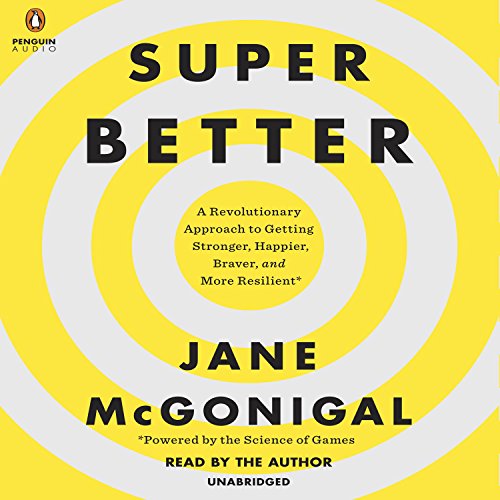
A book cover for SuperBetter: A Revolutionary Approach to Getting Stronger, Happier, Braver and More Resilient - Powered by the Science of Games; Jane McGonigal; Medical Books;